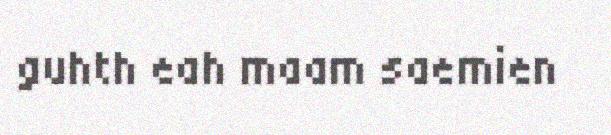
guhth eah maam saemien